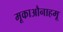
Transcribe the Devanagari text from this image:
मूकाऔनाहमू